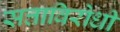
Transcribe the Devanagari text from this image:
सत्ताविरोधी